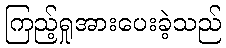
ကြည့်ရှုအားပေးခဲ့သည်